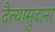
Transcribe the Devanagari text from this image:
दैत्‍यासुदाना